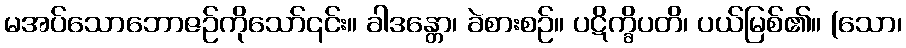
မအပ်သောဘောဇဉ်ကိုသော်၎င်း။ ခါဒန္တော၊ ခဲစားစဉ်။ ပဋိက္ခိပတိ၊ ပယ်မြစ်၏။ (သော၊